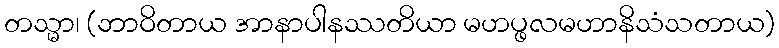
တသ္မာ၊ (ဘာဝိတာယ အာနာပါနဿတိယာ မဟပ္ဖလမဟာနိသံသတာယ)